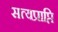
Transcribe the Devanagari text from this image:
सत्यप्राप्ति